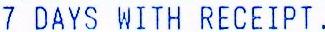
7 DAYS WITH RECEIPT.